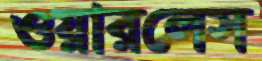
ওয়ারলেস